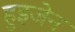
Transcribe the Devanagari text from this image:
हुइजेन